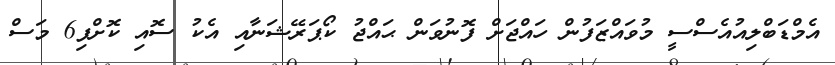
އެމްޑަބްލިއުއެސްސީ މުވައްޒަފުން ހައްޖަށް ފޮނުވަން ޙައްޖު ކޯޕަރޭޝަނާއި އެކު ސޮއި ކޮށްފި6 މަސް